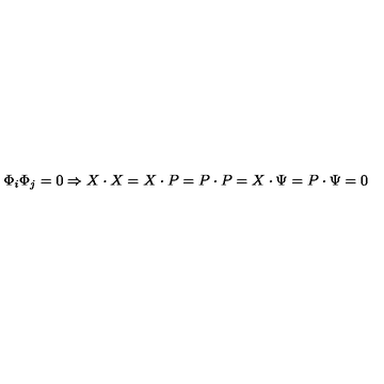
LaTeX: \Phi _ { i } \Phi _ { j } = 0 \Rightarrow X \cdot X = X \cdot P = P \cdot P = X \cdot \Psi = P \cdot \Psi = 0